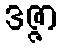
ဒဇ္ဇာ